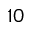
1 0